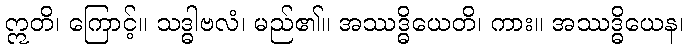
ဣတိ၊ ကြောင့်။ သဒ္ဓါဗလံ၊ မည်၏။ အဿဒ္ဓိယေတိ၊ ကား။ အဿဒ္ဓိယေန၊